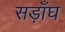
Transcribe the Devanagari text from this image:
सड़ाँघ